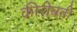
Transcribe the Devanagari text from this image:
कीरीबती